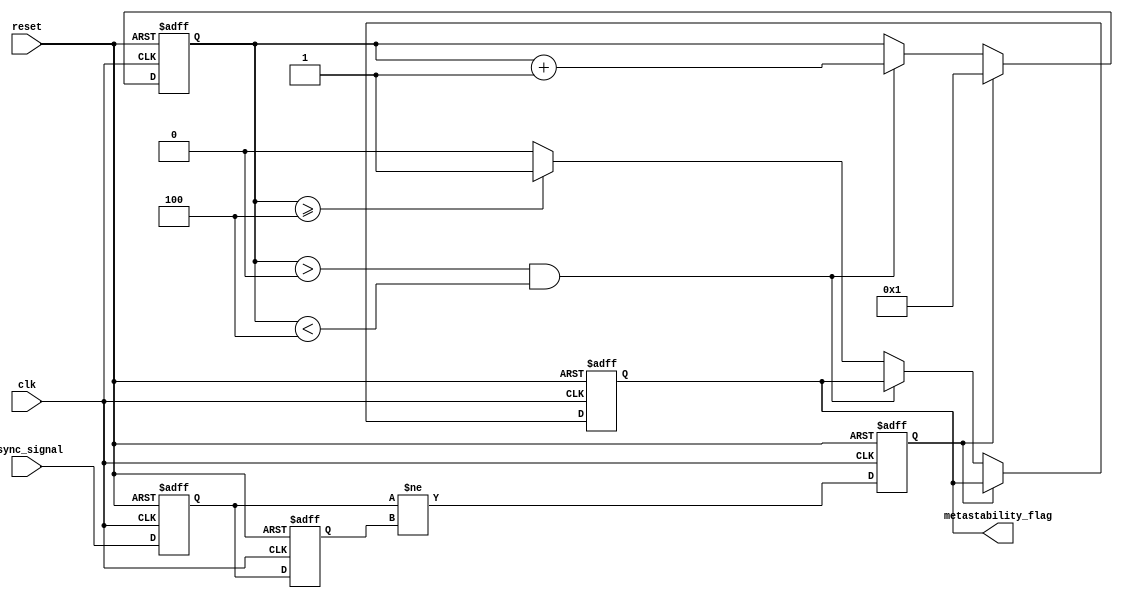
module metastability_detector #(
    parameter PULSE_WIDTH = 2, // Pulse width in clock cycles
    parameter MONITOR_DURATION = 4 // Duration to monitor metastable state
)(
    input wire clk,              // System clock
    input wire reset,            // Asynchronous reset
    input wire async_signal,      // Asynchronous input signal
    output reg metastability_flag // Metastability flag output
);

    reg ff1, ff2;                // Two-stage flip-flops
    reg pulse;                   // Pulse signal
    reg [3:0] monitor_counter;   // Counter for monitoring metastability

    // First flip-flop sampling the asynchronous input signal
    always @(posedge clk or posedge reset) begin
        if (reset) begin
            ff1 <= 1'b0;
        end else begin
            ff1 <= async_signal;
        end
    end

    // Second flip-flop sampling the output of the first flip-flop
    always @(posedge clk or posedge reset) begin
        if (reset) begin
            ff2 <= 1'b0;
        end else begin
            ff2 <= ff1;
        end
    end

    // Pulse generator logic
    always @(posedge clk or posedge reset) begin
        if (reset) begin
            pulse <= 1'b0;
        end else begin
            pulse <= (ff1 != ff2); // Generate pulse on change
        end
    end

    // Metastability detection logic
    always @(posedge clk or posedge reset) begin
        if (reset) begin
            monitor_counter <= 0;
            metastability_flag <= 1'b0;
        end else begin
            if (pulse) begin
                monitor_counter <= 1; // Start counting on pulse
            end else if (monitor_counter > 0 && monitor_counter < MONITOR_DURATION) begin
                monitor_counter <= monitor_counter + 1; // Increment counter
            end else if (monitor_counter >= MONITOR_DURATION) begin
                metastability_flag <= 1'b1; // Assert flag if metastable
            end else begin
                metastability_flag <= 1'b0; // Clear flag if stable
            end
        end
    end

endmodule